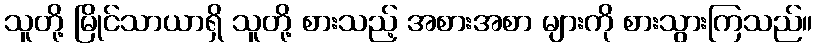
သူတို့ မြိုင်သာယာရှိ သူတို့ စားသည့် အစားအစာ များကို စားသွားကြသည်။